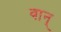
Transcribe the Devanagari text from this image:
वान्